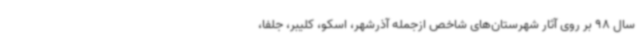
سال 98 بر روی آثار شهرستان‌های شاخص ازجمله آذرشهر، اسکو، کلیبر، جلفا،